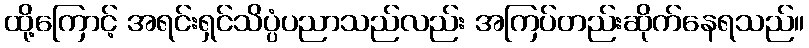
ထို့ကြောင့် အရင်းရှင်သိပ္ပံပညာသည်လည်း အကြပ်တည်းဆိုက်နေရသည်။